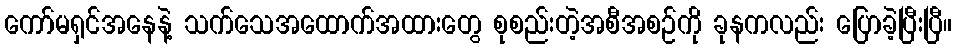
ကော်မရှင်အနေနဲ့ သက်သေအထောက်အထားတွေ စုစည်းတဲ့အစီအစဉ်ကို ခုနကလည်း ပြောခဲ့ပြီးပြီ။